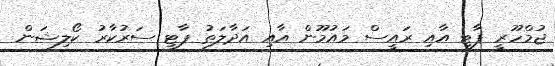
ޖުމްހޫރީ ޕާޓީ އާއި ރައީސް މައުމޫން އާއި އަދާލަތު ޕާޓީ ސަރުކާރު ކޯލިޝަން